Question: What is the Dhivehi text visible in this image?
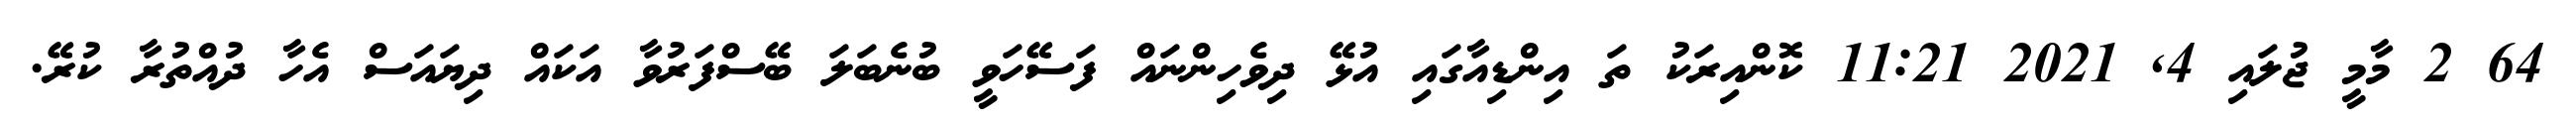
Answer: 64 2 މާމީ ޖުލައި 4, 2021 11:21 ކޮންއިރަކު ތަ އިންޑިއާގައި އުޅޭ ދިވެހިންނައް ފަސޭހަވީ ބުނެބަލަ ބޭސްފަރުވާ އަކައް ދިޔައަސް އެހާ ދުއްތުރާ ކުރޭ.